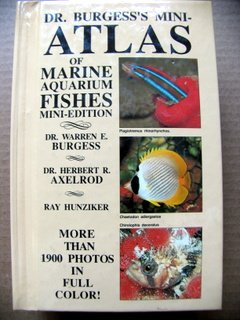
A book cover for Dr. Burgess's Mini-Atlas of Marine Aquarium Fishes; Warren E. Burgess; Sports & Outdoors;